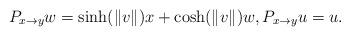
LaTeX: \begin{align*} P_{x \to y} w = \sinh(\|v\|) x + \cosh(\|v\|) w, P_{x \to y} u = u.\end{align*}